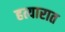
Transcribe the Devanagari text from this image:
हत्यारात